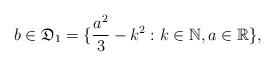
LaTeX: \begin{align*}b\in\mathfrak{D}_1=\{\frac{a^2}{3}-k^2: k\in \mathbb{N}, a\in\mathbb{R}\},\end{align*}